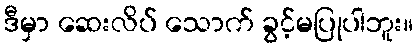
ဒီမှာ ဆေးလိပ် သောက် ခွင့်မပြုပါဘူး။